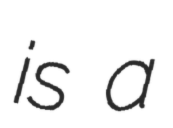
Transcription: is a